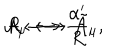
LaTeX: { \cal A } _ { \mu } \longleftrightarrow \tilde { \cal A } _ { \mu } , \hspace { 4 0 m m } R \longleftrightarrow \frac { \alpha ^ { \prime } } { R }